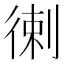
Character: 𢔯